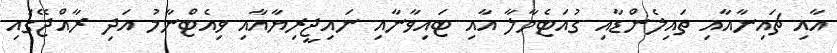
އާއި ޗައިނާއާއި ތައިލެންޑާއި ގުއަޓެމާލާ އާއި ޓައިވާނާއި ނައިޖީރިޔާއާއި ވިއެޓްނާމު އަދި ރާއްޖޭގައި